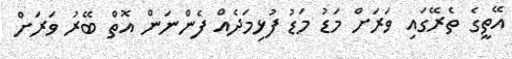
އޭތީގެ ތެރޭގައި ވަރަށް މަޑު މަޑު ފުޅިމަދެއް ފެންނަން އޮތް ބޭރު ވަރަށް